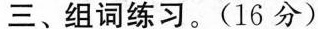
三、组词练习。(16分)